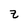
Character: z